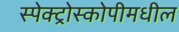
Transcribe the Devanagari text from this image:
स्पेक्ट्रोस्कोपीमधील